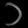
Digit: ၁